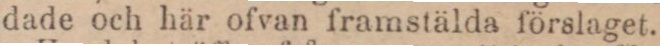
dade och här ofvan framstälda förslaget.